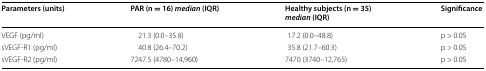
<table><thead><tr><td><b>Parameters (units)</b></td><td><b>PAR (n = 16) <i>median</i> (IQR)</b></td><td><b>Healthy subjects (n = 35) <i>median</i> (IQR)</b></td><td><b>Significance</b></td></tr></thead><tbody><tr><td>VEGF (pg/ml)</td><td>21.3 (0.0–35.8)</td><td>17.2 (0.0–48.8)</td><td>p &gt; 0.05</td></tr><tr><td>sVEGF-R1 (pg/ml)</td><td>40.8 (26.4–70.2)</td><td>35.8 (21.7–60.3)</td><td>p &gt; 0.05</td></tr><tr><td>sVEGF-R2 (pg/ml)</td><td>7247.5 (4780–14,960)</td><td>7470 (3740–12,765)</td><td>p &gt; 0.05</td></tr></tbody></table>